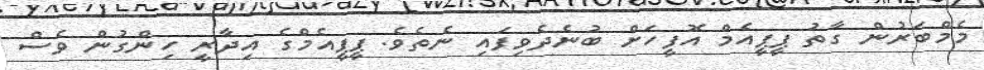
މެމްބަރުން ގާތު ޕީޕީއެމް އޮފީހަށް ބުނެދެވިފައި ނެތެވެ. ޕީޕީއެމްގެ އިދާރީ ހިންގުން ވެސް